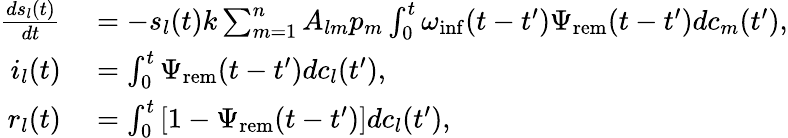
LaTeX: \begin{array}{rl}{\frac{ds_{l}(t)}{dt}}&{{}=-s_{l}(t)k\sum_{m=1}^{n}{A_{lm}p_{m}\int_{0}^{t}{\omega_{\mathrm{inf}}(t-t^{\prime})\Psi_{\mathrm{rem}}(t-t^{\prime})dc_{m}(t^{\prime})}},}\\ {i_{l}(t)}&{{}=\int_{0}^{t}{\Psi_{\mathrm{rem}}(t-t^{\prime})dc_{l}(t^{\prime})},}\\ {r_{l}(t)}&{{}=\int_{0}^{t}{[1-\Psi_{\mathrm{rem}}(t-t^{\prime})]dc_{l}(t^{\prime})},}\end{array}